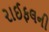
રાઈફલની